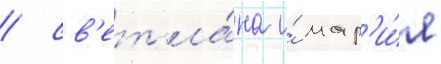
/ св'етла́на и́ мар'и́я